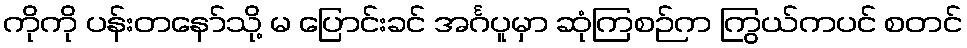
ကိုကို ပန်းတနော်သို့ မ ပြောင်းခင် အင်္ဂပူမှာ ဆုံကြစဉ်က ကြွယ်ကပင် စတင်